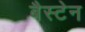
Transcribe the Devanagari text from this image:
बैस्टेन